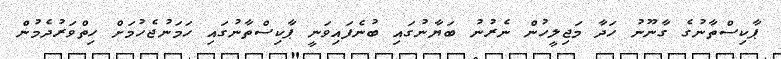
ޕާކިސްތާނުގެ ގާނޫނު ހަދާ މަޖިލީހުން ނެރުނު ބަޔާނުގައި ބުނެފައިވަނީ ޕާކިސްތާނުގައި ހަމަނުޖެހުމަށް ހިތްވަރުދެމުން